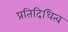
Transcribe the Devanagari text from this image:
प्रतिदिधित्व